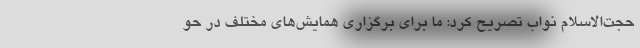
حجت‌الاسلام نواب تصریح کرد: ما برای برگزاری همایش‌های مختلف در حو